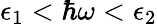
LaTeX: \epsilon_{1}<\hbar\omega<\epsilon_{2}